Calcutta medical institutions reports 1871-78
Year: 1871
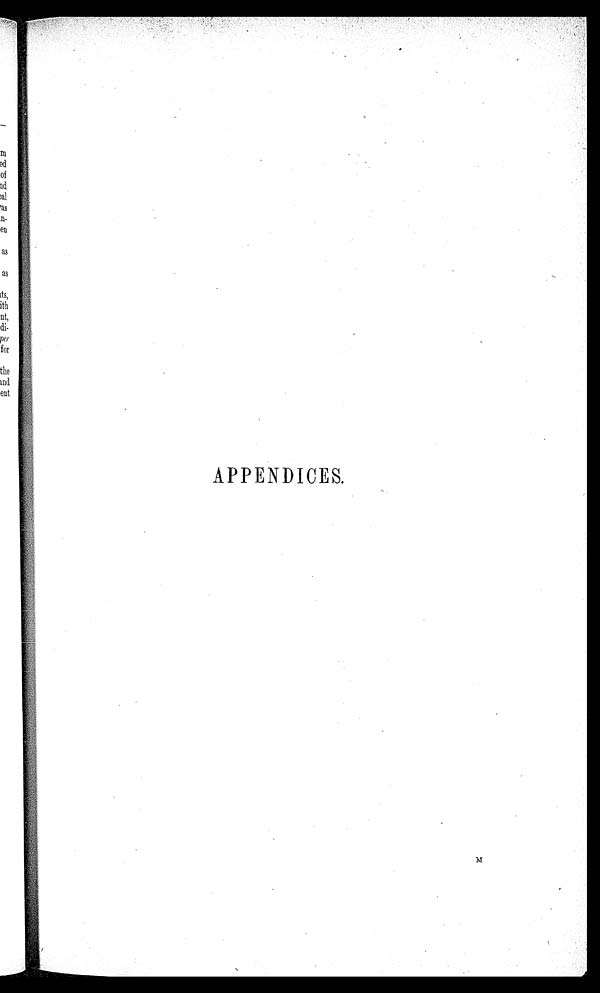
APPENDICES.